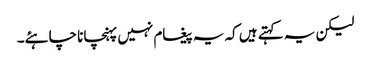
لیکن یہ کہتے ہیں کہ یہ پیغام نہیں پہنچانا چاہئے۔